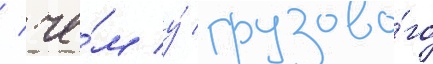
/ че́м у́ грузово́го